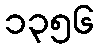
၁၃၅၆